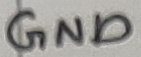
Text: GND